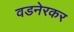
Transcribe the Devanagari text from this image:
वडनेरकर